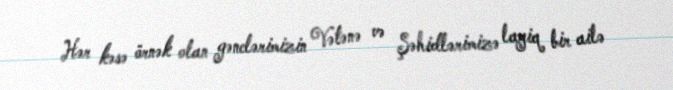
Hər kəsə örnək olan gənclərimizin Vətənə və Şəhidlərimizə layiq bir ailə